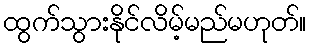
ထွက်သွားနိုင်လိမ့်မည်မဟုတ်။